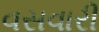
વસવારી